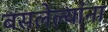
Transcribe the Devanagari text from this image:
बसलेल्यांना